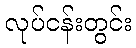
လုပ်ငန်းတွင်း